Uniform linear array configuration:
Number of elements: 64
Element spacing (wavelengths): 1
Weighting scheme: cosine
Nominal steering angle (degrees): -60
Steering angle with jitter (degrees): -59.926
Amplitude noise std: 0.05
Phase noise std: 0.05

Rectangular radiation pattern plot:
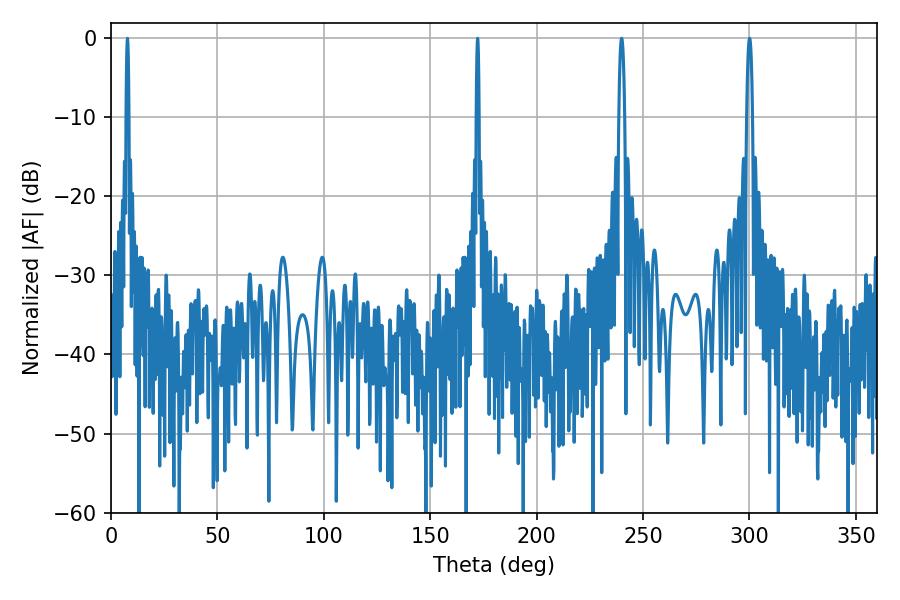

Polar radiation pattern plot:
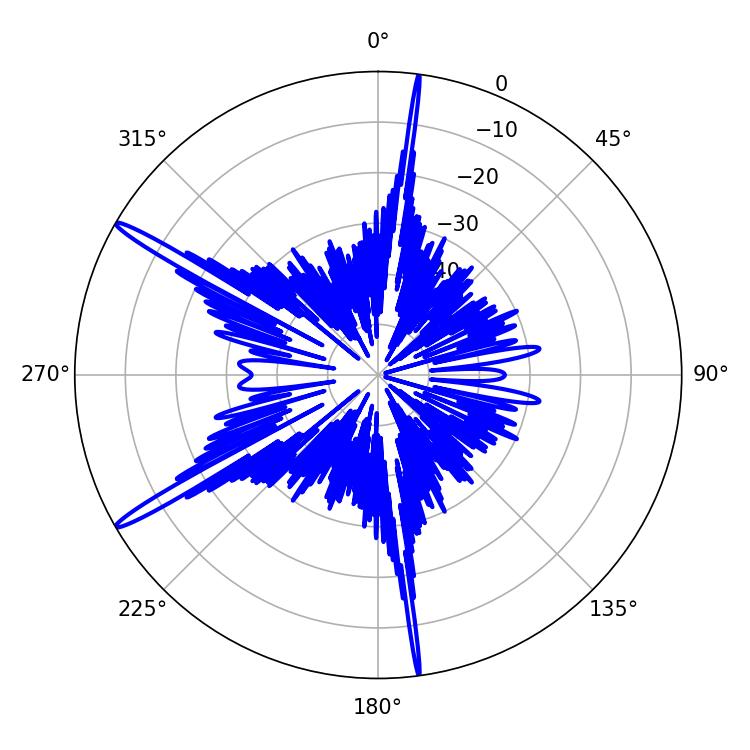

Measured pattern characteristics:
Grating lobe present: TRUE
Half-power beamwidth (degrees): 1.44
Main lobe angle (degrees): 300.06